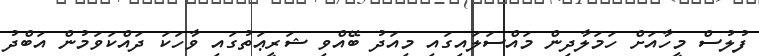
ފުލުސް މީހާއަށް ހަމަލާދިން މައްސަލައިގައި މިއަދު ބޭއްވި ޝަރީޢަތުގައި ވާހަކަ ދައްކަވަމުން އަބްދު